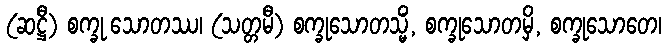
(ဆဋ္ဌီ) စက္ခု သောတဿ၊ (သတ္တမီ) စက္ခုသောတသ္မိံ, စက္ခုသောတမှိ, စက္ခုသောတေ၊